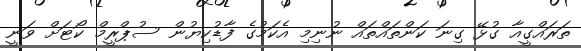
ތަރައްގީއާ ގުޅޭ ގިނަ ކަންތައްތައް ނުނިމި އެކަމުގެ ފާޑުކިޔުން ސުޕްރީމް ކޯޓަށް ވަނީ